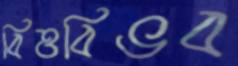
বিত্তবিভব